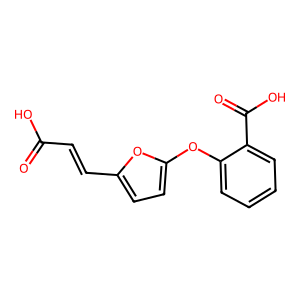
SMILES: O=C(O)C=Cc1ccc(Oc2ccccc2C(=O)O)o1
Inhibits HIV replication: No